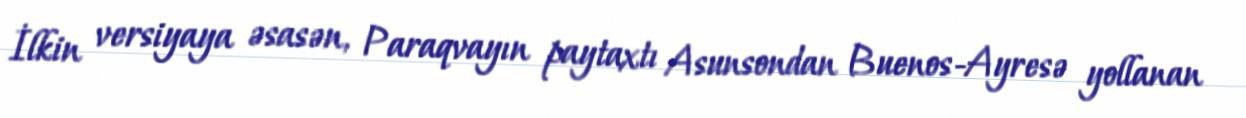
İlkin versiyaya əsasən, Paraqvayın paytaxtı Asunsondan Buenos-Ayresə yollanan